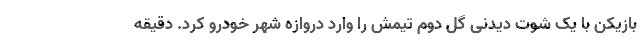
بازیکن با یک شوت دیدنی گل دوم تیمش را وارد دروازه شهر خودرو کرد. دقیقه